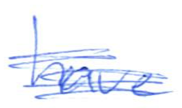
Text: have
Cross-out: scratch
Writing tool: ballpoint